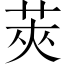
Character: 莢